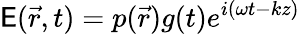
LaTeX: \mathsf{E}(\vec{{r}},t)=p(\vec{{r}})g(t)e^{i(\omega{t}-kz)}